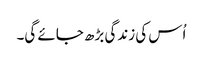
اُس کی زندگی بڑھ جائے گی۔